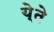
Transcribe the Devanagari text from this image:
ये्ते